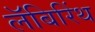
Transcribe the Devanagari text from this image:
लॅबिरिंथ